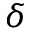
\delta